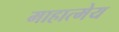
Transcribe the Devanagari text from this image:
माहात्मेय